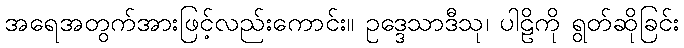
အရေအတွက်အားဖြင့်လည်းကောင်း။ ဥဒ္ဒေသာဒီသု၊ ပါဠိကို ရွတ်ဆိုခြင်း